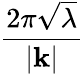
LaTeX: \frac{2\pi\sqrt{\lambda}}{|\mathbf{k}|}